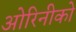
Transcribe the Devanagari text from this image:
ओरिनीको